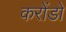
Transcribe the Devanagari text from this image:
करोंडो